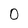
Character: 0